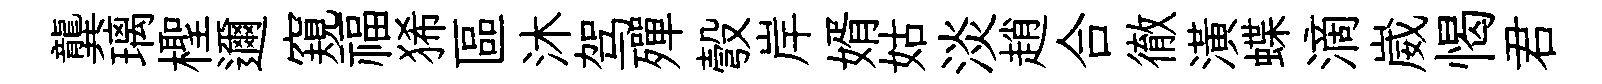
龔璃檉邇窺福狶區沐驾殫彀岸婿姑淡趙合徹潢蝶滴崴愒君